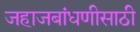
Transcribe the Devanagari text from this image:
जहाजबांधणीसाठी